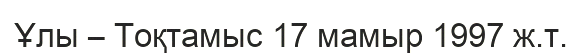
Ұлы – Тоқтамыс 17 мамыр 1997 ж.т.